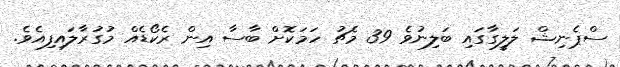
ސްޕެނިޝް ލަލީގާގައި ބަލިނުވެ 39 މެޗު ހަމަކޮށް ބާސާ އިން ރެކޯޑެއް މުގުރާލައިފިއެވެ.